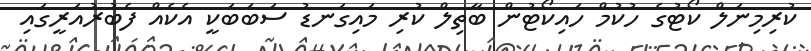
ކުރިމިނަލް ކޯޓުގެ ހުކުމް ހައިކޯޓުން ބާތިލް ކުރި މައިގަނޑު ސަބަބަކީ އެކެއް ފެބުރުއަރީގައި